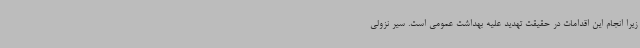
زیرا انجام این اقدامات در حقیقت تهدید علیه بهداشت عمومی است. سیر نزولی